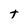
Character: t